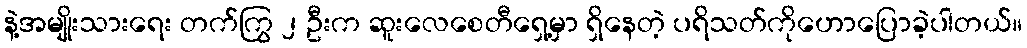
နဲ့အမျိုးသားရေး တက်ကြွ ၂ ဦးက ဆူးလေစေတီရှေ့မှာ ရှိနေတဲ့ ပရိသတ်ကိုဟောပြောခဲ့ပါတယ်။